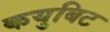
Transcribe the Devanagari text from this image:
कयुबिट